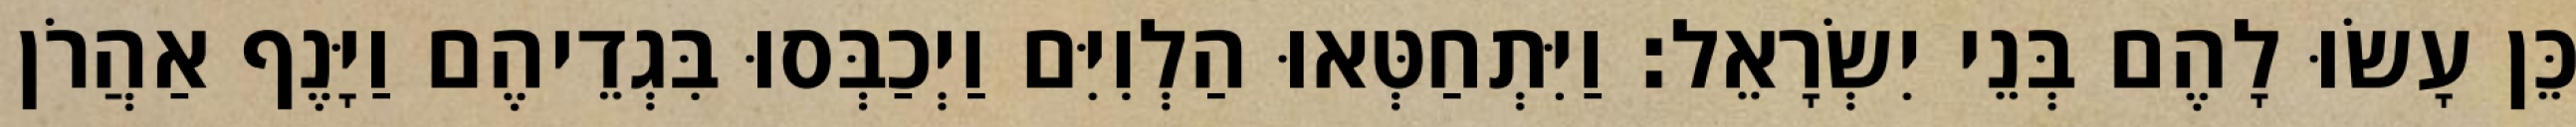
כֵּן עָשׂוּ לָהֶם בְּנֵי יִשְׂרָאֵל׃ וַיִּתְחַטְּאוּ הַלְוִיִּם וַיְכַבְּסוּ בִּגְדֵיהֶם וַיָּנֶף אַהֲרֹן